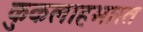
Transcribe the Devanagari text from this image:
कुकलाहभारत